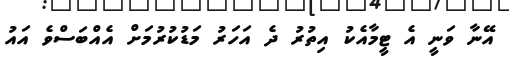
އޭނާ ވަނީ އެ ޓީމާއެކު އިތުރު ދެ އަހަރު މަޑުކުރުމަށް އެއްބަސްވެ އައު